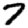
Digit: 7